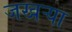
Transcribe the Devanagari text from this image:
जखऱ्या